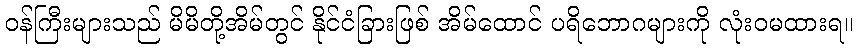
ဝန်ကြီးများသည် မိမိတို့အိမ်တွင် နိုင်ငံခြားဖြစ် အိမ်ထောင် ပရိဘောဂများကို လုံးဝမထားရ။